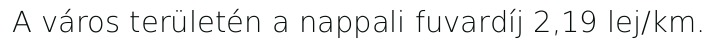
A város területén a nappali fuvardíj 2,19 lej/km.